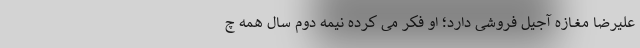
علیرضا مغــازه آجیل فروشى دارد؛ او فکر مى کرده نیمه دوم سال همه چ